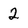
Character: 2